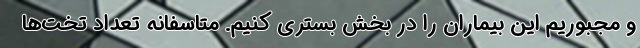
و مجبوریم این بیماران را در بخش بستری کنیم. متاسفانه تعداد تخت‌ها